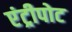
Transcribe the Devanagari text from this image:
एंट्रीपोट